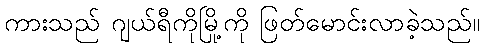
ကားသည် ဂျယ်ရီကိုမြို့ကို ဖြတ်မောင်းလာခဲ့သည်။